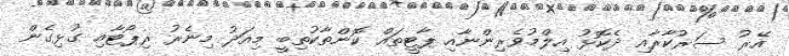
އޭރު ސަރުކާރާއި ދެކޮޅު އިލްމުވެރިންނާއި ޕާޓީތައް ކޮންތާކުތިބީ މިއަދު މިނެރު ރިޕޯޓާއި ގުޅިގެން